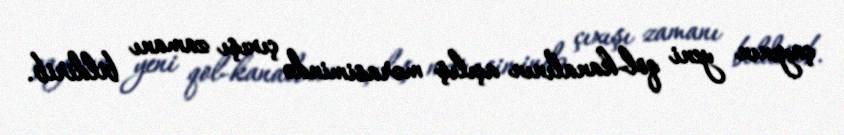
çayının yeni qol-kanalının açılış mərasimində çıxışı zamanı bildirib.